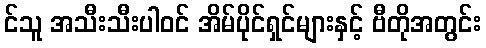
င်သူ အသီးသီးပါဝင် အိမ်ပိုင်ရှင်များနှင့် ဗီတိုအတွင်း